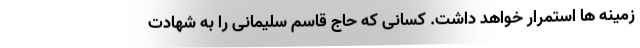
زمینه ها استمرار خواهد داشت. کسانی که حاج قاسم سلیمانی را به شهادت